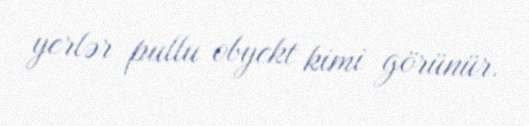
yerlər pullu obyekt kimi görünür.